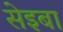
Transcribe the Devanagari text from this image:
सेइबा